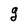
Character: g